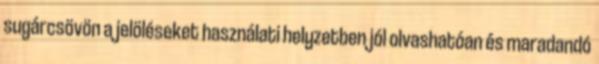
sugárcsövön a jelöléseket használati helyzetben jól olvashatóan és maradandó